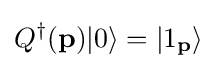
Q^{\dagger }(\mathbf {p} )|0\rangle =|1_{\mathbf {p} }\rangle